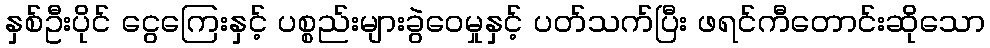
နှစ်ဦးပိုင် ငွေကြေးနှင့် ပစ္စည်းများခွဲဝေမှုနှင့် ပတ်သက်ပြီး ဖရင်ကီတောင်းဆိုသော